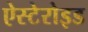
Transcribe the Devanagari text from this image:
ऐस्टेरोइड